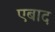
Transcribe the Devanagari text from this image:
एबाद